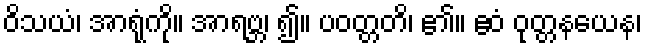
ဝိသယံ၊ အာရုံကို။ အာရဗ္ဘ၊ ၍။ ပဝတ္တတိ၊ ၏။ ဧဝံ ဝုတ္တနယေန၊